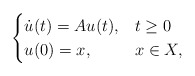
\begin{align*}\begin{cases}\dot u (t) = Au(t), & t \geq 0 \\u(0) = x,& x \in X,\end{cases}\end{align*}